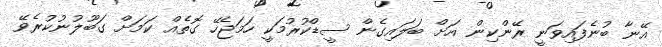
އޭނާ ބުނެފައިވަނީ ރޭންކިން އަށް ބަލައިގެން ސީޑްކުރުމަކީ ހަމަޖެހޭ ގޮތެއް ކަމަށް ގަބޫލުނުކުރެވޭ